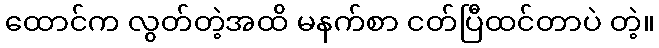
ထောင်က လွတ်တဲ့အထိ မနက်စာ ငတ်ပြီထင်တာပဲ တဲ့။